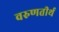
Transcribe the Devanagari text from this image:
वरुणतीर्थ